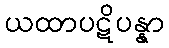
ယထာပဋိပန္နာ